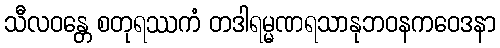
သီလဝန္တေ စတုရဿကံ တဒါရမ္မဏရသာနုဘဝနကဝေဒနာ